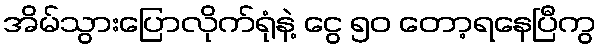
အိမ်သွားပြောလိုက်ရုံနဲ့ ငွေ ၅၀ တော့ရနေပြီကွ